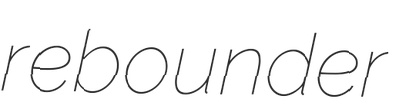
rebounder